Lock hospitals Punjab
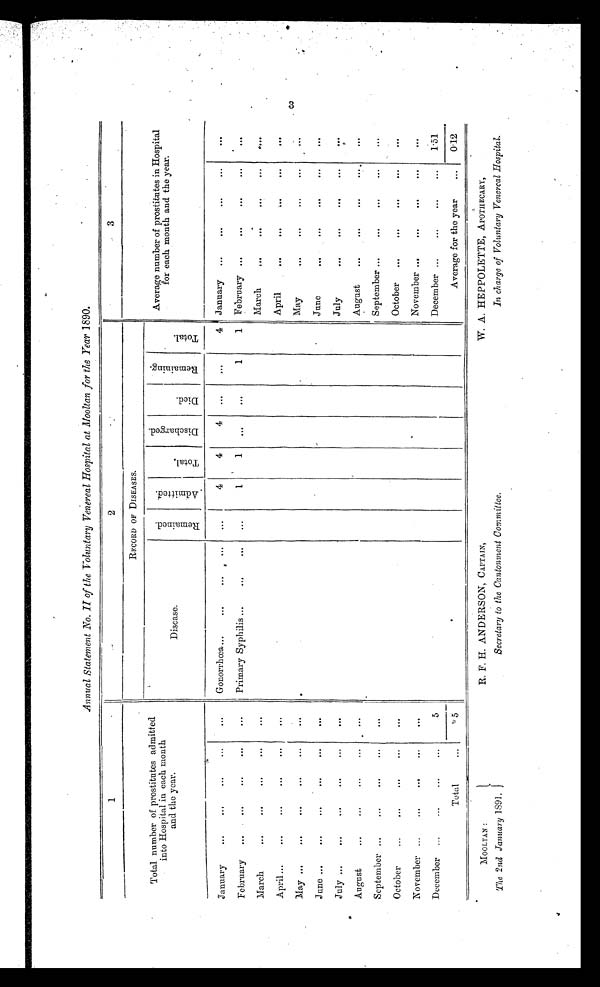
Annual Statement No. II of the Voluntary Venereal Hospital at Mooltan for the Year 1890.
1
2
3
Total number of prostitutes admitted
into Hospital in each month
and the year.
RECORD OF DISEASES.
Average number of prostitutes in Hospital
for each month and the year.
Disease.
R e m a i n e d .
A d m i t t e d .
T o t a l .
D i s c h a r g e d .
D i e d .
R e m a i n i n g .
T o t a l .
January
...
...
...
... ...
Gonorrhœa...
. . .
. . .
. . .
. . .
4
4
4
. . .
. . .
4
j a n u a r y
. . . . . .
. . .
. . .
February ...
...
. . .
. . . Primary Syphilis ...
...
...
...
1
1
...
...
1
1 February ...
...
...
. . .
. . .
March
...
. . .
...
. . .
...
March
. . .
. . .
. . .
...
. . .
April...
...
...
. . .
. . .
. . .
April
. . .
. . .
. . .
...
. . .
May ...
...
...
...
. . .
...
May
. . .
. . .
. . .
...
. . .
June ...
...
. . .
. . .
. . .
. . .
June
. . .
...
. . .
...
. . .
July ...
...
. . .
. . .
...
. . .
July
...
. . .
...
. . .
. . .
August
...
. . .
...
. . .
. . .
August
. . .
. . .
....
. . .
September ...
...
. . .
...
. . .
September ...
...
. . .
...
. . .
October
...
. . .
. . .
. . .
. . .
October
...
. . .
. . .
...
. . .
November ...
...
...
...
. . .
November ...
. . .
. . .
...
. . .
December
. . .
...
...
5
December ...
. . .
. . .
...
1.51
Total
...
5
Average for the year
. . .
0.12
MOOLTAN :
The 2nd January 1891.
R. F. H. ANDERSON, CAPTAIN,
Secretary to the Cantonment Committee.
W. A. HEPPOLETTE, APOTHECARY,
In charge of Voluntary Venereal Hospital.